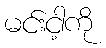
မင်းငါ့ကို